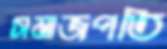
সমাজপতি